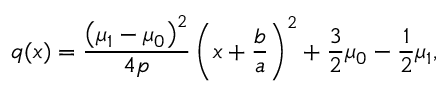
q ( x ) = { \frac { \left( \mu _ { 1 } - \mu _ { 0 } \right) ^ { 2 } } { 4 p } } \left( x + { \frac { b } { a } } \right) ^ { 2 } + { \frac { 3 } { 2 } } \mu _ { 0 } - { \frac { 1 } { 2 } } \mu _ { 1 } ,